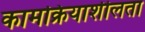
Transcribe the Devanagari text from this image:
कामक्रियाशीलता